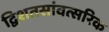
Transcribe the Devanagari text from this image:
द्विशतसांवत्सरिक